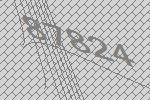
87824